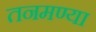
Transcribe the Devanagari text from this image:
तनमण्या